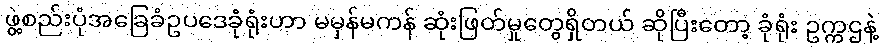
ဖွဲ့စည်းပုံအခြေခံဥပဒေခုံရုံးဟာ မမှန်မကန် ဆုံးဖြတ်မှုတွေရှိတယ် ဆိုပြီးတော့ ခုံရုံး ဥက္ကဌနဲ့